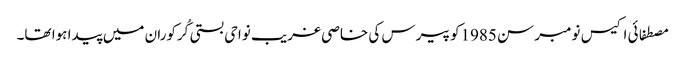
مصطفائی اکیس نومبر سن 1985کو پیرس کی خاصی غریب نواحی بستی کُرکوران میں پیدا ہوا تھا۔